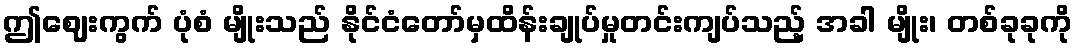
ဤဈေးကွက် ပုံစံ မျိုးသည် နိုင်ငံတော်မှထိန်းချုပ်မှုတင်းကျပ်သည့် အခါ မျိုး၊ တစ်ခုခုကို